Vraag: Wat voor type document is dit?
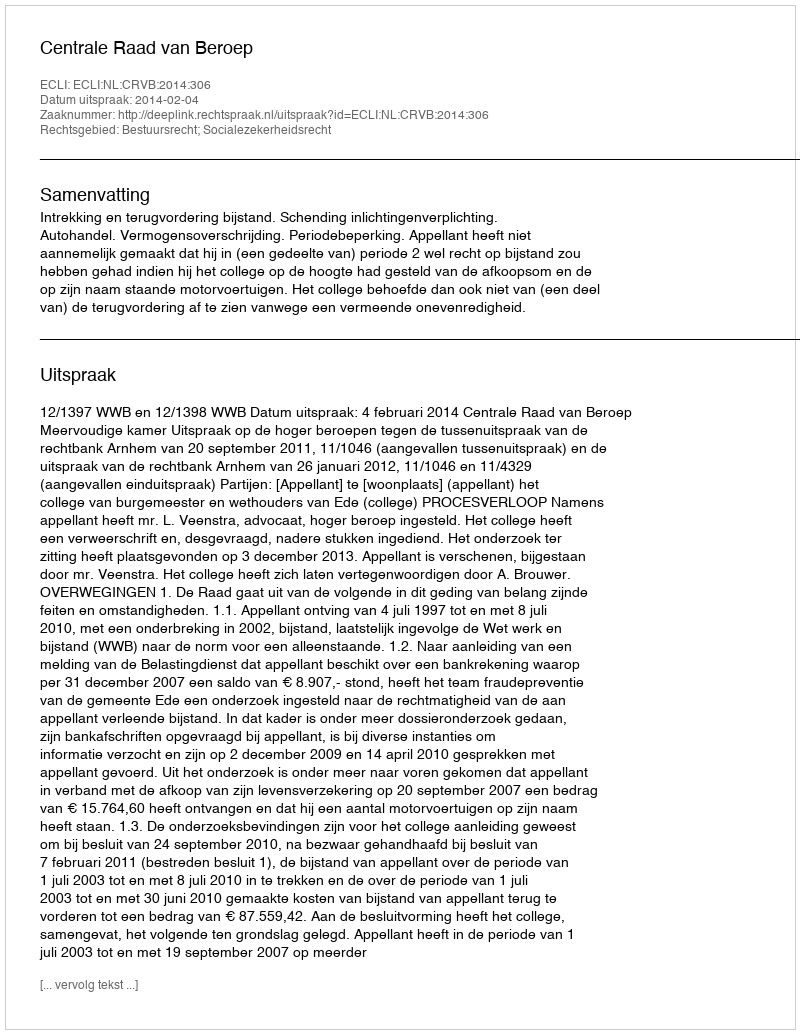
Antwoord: Uitspraak